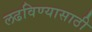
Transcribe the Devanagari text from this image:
लढविण्यासाठी